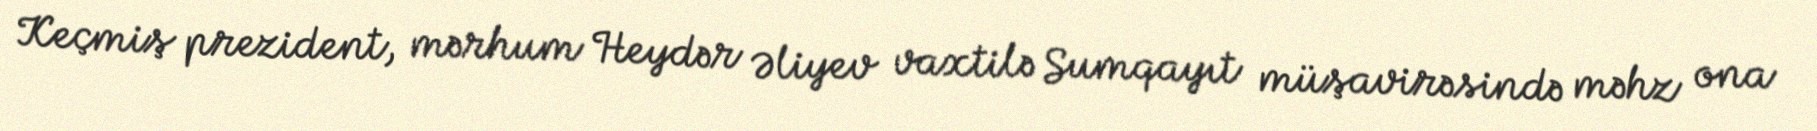
Keçmiş prezident, mərhum Heydər Əliyev vaxtilə Sumqayıt müşavirəsində məhz ona